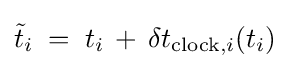
\displaystyle {\tilde {t}}_{i}\;=\;t_{i}\,+\,\delta t_{{\text{clock}},i}(t_{i})